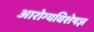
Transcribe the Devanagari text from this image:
आरोग्यविशेषज्ञ